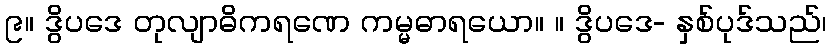
၉။ ဒွိပဒေ တုလျာဓိကရဏေ ကမ္မဓာရယော။ ။ ဒွိပဒေ- နှစ်ပုဒ်သည်၊